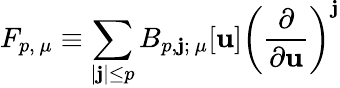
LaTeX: F_{p,\, \mu}\equiv\sum_{|\mathbf{j}|\le p}B_{p,\mathbf{j};\ \mu}[\mathbf{u}]\left(\frac{\partial}{\partial\mathbf{u}}\right)^{\mathbf{j}}